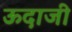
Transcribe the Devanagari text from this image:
ऊदाजी